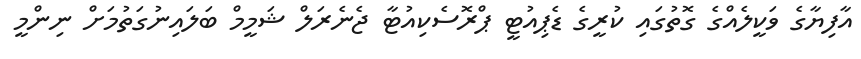
އާފިޔާގެ ވަކީލެއްގެ ގޮތުގައި ކުރީގެ ޑެޕިއުޓީ ޕްރޮސެކިއުޓާ ޖެނެރަލް ޝަމީމް ބަލައިނުގަތުމަށް ނިންމީ